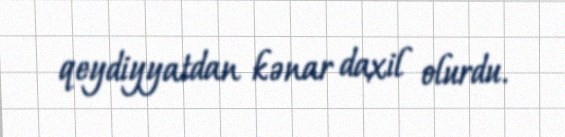
qeydiyyatdan kənar daxil olurdu.